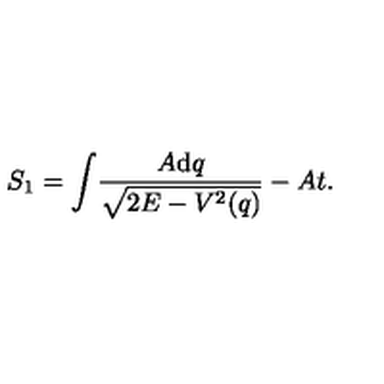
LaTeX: S _ { 1 } = \int \! \frac { A \mathrm { d } q } { \sqrt { 2 E - V ^ { 2 } ( q ) } } - A t .